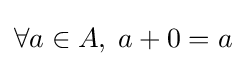
\forall a\in A,\;a+0=a